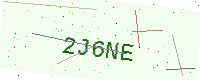
Text: 2J6NE